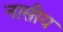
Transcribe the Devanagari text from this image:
नासीय